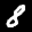
Label: 8